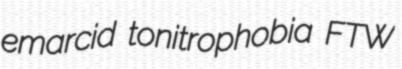
emarcid tonitrophobia FTW